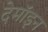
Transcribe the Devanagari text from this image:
देमॉइन